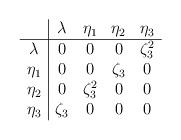
LaTeX: \begin{align*}\begin{array}{c|cccc} &\lambda&\eta_1&\eta_2&\eta_3\\ \hline \lambda&0&0&0&\zeta_3^{2}\\ \eta_1&0&0&\zeta_3&0\\ \eta_2&0&\zeta_3^{2}&0&0\\ \eta_3&\zeta_3&0&0&0\end{array}\end{align*}